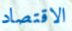
الاقتصاد